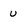
Character: u